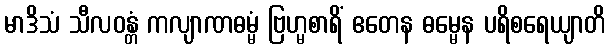
မာဒိသံ သီလဝန္တံ ကလျာဏဓမ္မံ ဗြဟ္မစာရိံ ဧတေန ဓမ္မေန ပရိစရေယျာတိ